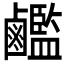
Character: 𪊇